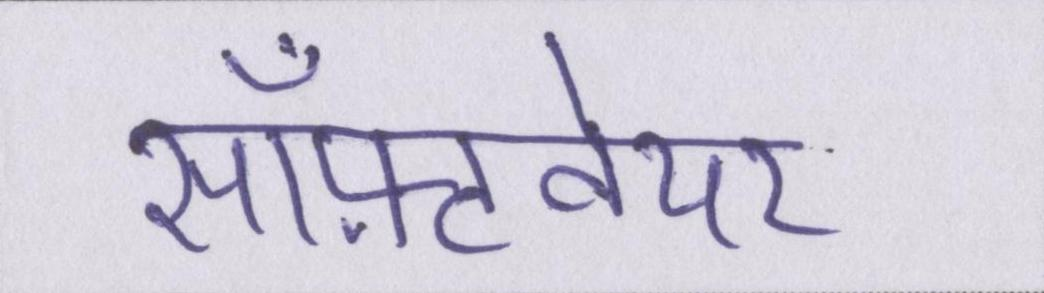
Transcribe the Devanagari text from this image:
सॉफ़्टवेयर